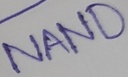
Text: NAND